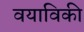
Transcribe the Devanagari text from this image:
वयाविकी